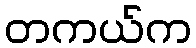
တကယ်က